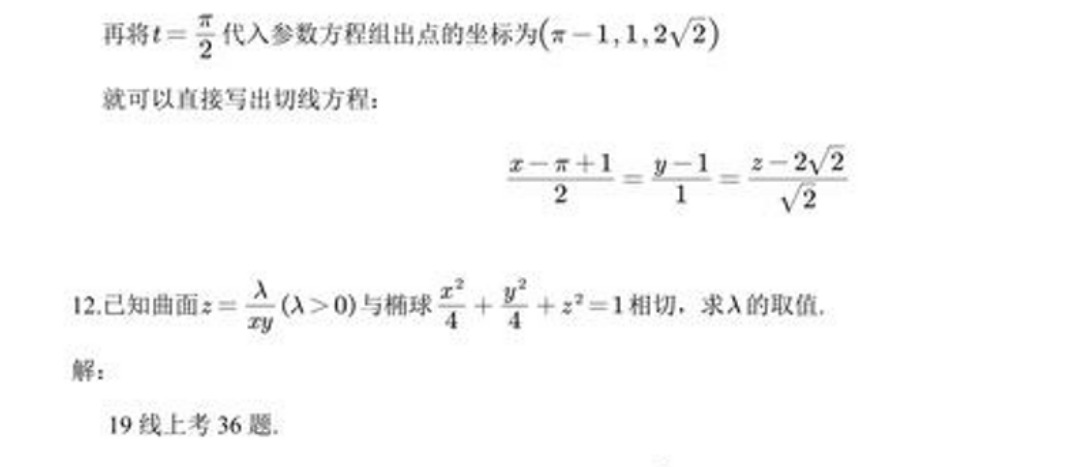
再将\(t = \dfrac{\pi}{2}\)代入参数方程组出点的坐标为\((\pi - 1,1,2\sqrt{2})\)
就可以直接写出切线方程：
\(\frac{x - \pi + 1}{2}=\frac{y - 1}{1}=\frac{z - 2\sqrt{2}}{\sqrt{2}}\)
12. 已知曲面\(z = \frac{\lambda}{xy}(\lambda>0)\)与椭球\(\frac{x^{2}}{4}+\frac{y^{2}}{4}+z^{2}=1\)相切，求\(\lambda\)的取值.
解：
19线上考36题.